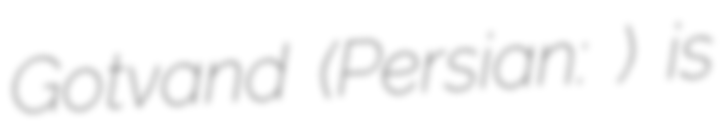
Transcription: Gotvand (Persian: گتوند) is